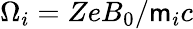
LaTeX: \Omega_{i}=ZeB_{0}/\mathsf{m}_{i}c